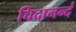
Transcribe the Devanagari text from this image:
चिदानन्दं